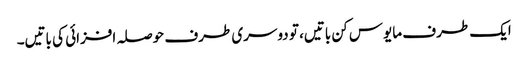
ایک طرف مایوس کن باتیں، تو دوسری طرف حوصلہ افزائی کی باتیں۔